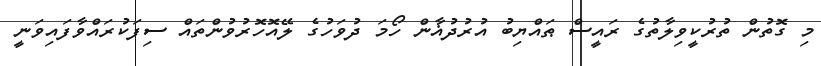
މި ގޮތުން ތުރުކީވިލާތުގެ ރައީސް ޠައްޔިބު އުރުދުޣާން ހޯމަ ދުވަހުގެ ލޭއޮހޮރުވުންތައް ސިފަކުރައްވާފައިވަނީ